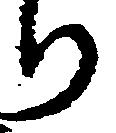
り